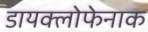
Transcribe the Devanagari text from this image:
डायक्लोफेनाक